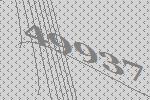
49937